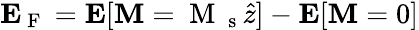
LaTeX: \boldsymbol{\mathbf{E}}_{\mathrm{~F~}}=\boldsymbol{\mathbf{E}}[\boldsymbol{\mathbf{M}}=\mathrm{~M~}_{\mathrm{~s~}}\hat{z}]-\boldsymbol{\mathbf{E}}[\boldsymbol{\mathbf{M}}=0]